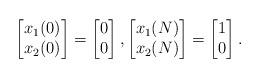
LaTeX: \begin{align*}\begin{bmatrix} x_1(0)\\x_2(0)\end{bmatrix} = \begin{bmatrix} 0\\0\end{bmatrix},\begin{bmatrix} x_1(N)\\x_2(N)\end{bmatrix} = \begin{bmatrix} 1\\0\end{bmatrix}.\end{align*}